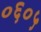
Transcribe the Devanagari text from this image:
०६०५